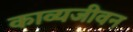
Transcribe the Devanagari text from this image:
काव्यजीवन